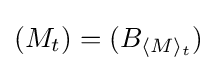
(M_{t})=(B_{\langle M\rangle _{t}})